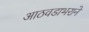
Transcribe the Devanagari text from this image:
आठवडाभराने